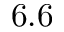
6 . 6